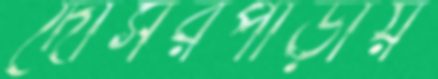
দোসরপাড়ায়